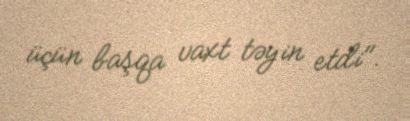
üçün başqa vaxt təyin etdi".